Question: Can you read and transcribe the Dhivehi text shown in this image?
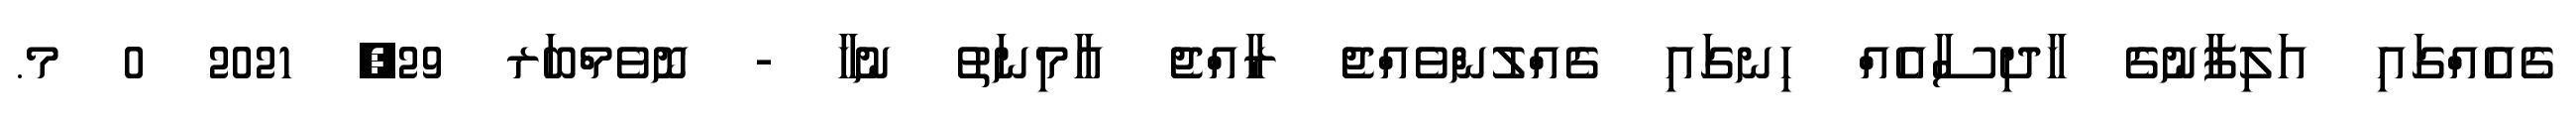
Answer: ގެއެއްގައި އަލިފާނުގެ ހާދިސާއެއް ހިނގައި ގެއްލުންވެއްޖެ ރާއްޖެ އާމިނަތު ނުހާ - ނޮވެމްބަރ 29, 2021 0 މ.